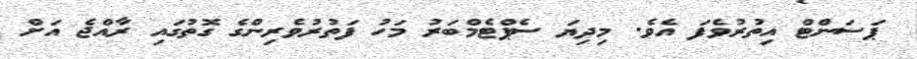
ޕަސަންޓް އިތުރުވެފަ އެވެ. މިދިޔަ ސެޕްޓެމްބަރު މަހު ފަތުރުވެރިންގެ ގޮތުގައި ރާއްޖެ އަށް